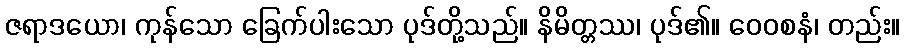
ဇရာဒယော၊ ကုန်သော ခြေက်ပါးသော ပုဒ်တို့သည်။ နိမိတ္တဿ၊ ပုဒ်၏။ ဝေဝစနံ၊ တည်း။